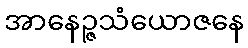
အာနေဉ္ဇသံယောဇနေ